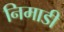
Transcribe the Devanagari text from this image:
निमाडी